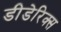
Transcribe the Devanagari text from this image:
डीडेरिक्स